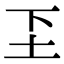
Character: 𬻁